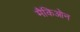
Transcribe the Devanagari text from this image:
मैकिओन